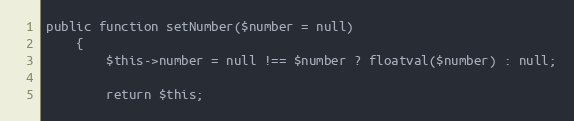
Language: PHP
public function setNumber($number = null)
    {
        $this->number = null !== $number ? floatval($number) : null;

        return $this;